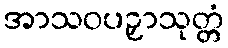
အာသဝပဉှာသုတ္တံ